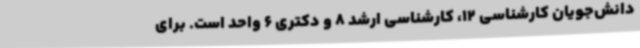
دانش‌جویان کارشناسی 12، کارشناسی ارشد 8 و دکتری 6 واحد است. برای